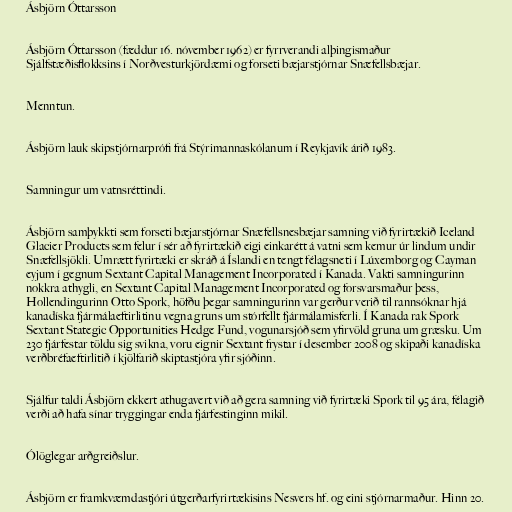
Ásbjörn Óttarsson

Ásbjörn Óttarsson (fæddur 16. nóvember 1962) er fyrrverandi alþingismaður
Sjálfstæðisflokksins í Norðvesturkjördæmi og forseti bæjarstjórnar Snæfellsbæjar.

Menntun.

Ásbjörn lauk skipstjórnarprófi frá Stýrimannaskólanum í Reykjavík árið 1983.

Samningur um vatnsréttindi.

Ásbjörn samþykkti sem forseti bæjarstjórnar Snæfellsnesbæjar samning við fyrirtækið Iceland
Glacier Products sem felur í sér að fyrirtækið eigi einkarétt á vatni sem kemur úr lindum undir
Snæfellsjökli. Umrætt fyrirtæki er skráð á Íslandi en tengt félagsneti í Lúxemborg og Cayman
eyjum í gegnum Sextant Capital Management Incorporated í Kanada. Vakti samningurinn
nokkra athygli, en Sextant Capital Management Incorporated og forsvarsmaður þess,
Hollendingurinn Otto Spork, höfðu þegar samningurinn var gerður verið til rannsóknar hjá
kanadíska fjármálaeftirlitinu vegna gruns um stórfellt fjármálamisferli. Í Kanada rak Spork
Sextant Stategic Opportunities Hedge Fund, vogunarsjóð sem yfirvöld gruna um græsku. Um
230 fjárfestar töldu sig svikna, voru eignir Sextant frystar í desember 2008 og skipaði kanadíska
verðbréfaeftirlitið í kjölfarið skiptastjóra yfir sjóðinn.

Sjálfur taldi Ásbjörn ekkert athugavert við að gera samning við fyrirtæki Spork til 95 ára, félagið
verði að hafa sínar tryggingar enda fjárfestinginn mikil.

Ólöglegar arðgreiðslur.

Ásbjörn er framkvæmdastjóri útgerðarfyrirtækisins Nesvers hf. og eini stjórnarmaður. Hinn 20.